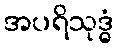
အပရိသုဒ္ဓံ